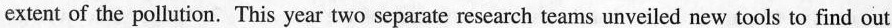
extent of the pollution. This year two separate research teams unveiled new tools to find out